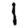
Digit: 1